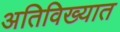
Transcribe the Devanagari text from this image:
अतिविख्यात